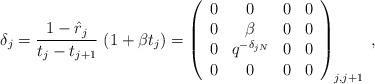
LaTeX: \begin{align*}\delta _{j}=\frac{1-\hat{r}_{j}}{t_{j}-t_{j+1}}~(1+\beta t_{j})=\left( \begin{array}{cccc}0 & 0 & 0 & 0 \\ 0 & \beta & 0 & 0 \\ 0 & q^{-\delta _{jN}} & 0 & 0 \\ 0 & 0 & 0 & 0\end{array}\right) _{j,j+1}\;, \end{align*}